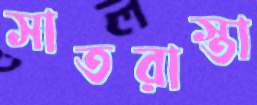
সাতরাস্তা